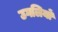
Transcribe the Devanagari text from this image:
उगलियों